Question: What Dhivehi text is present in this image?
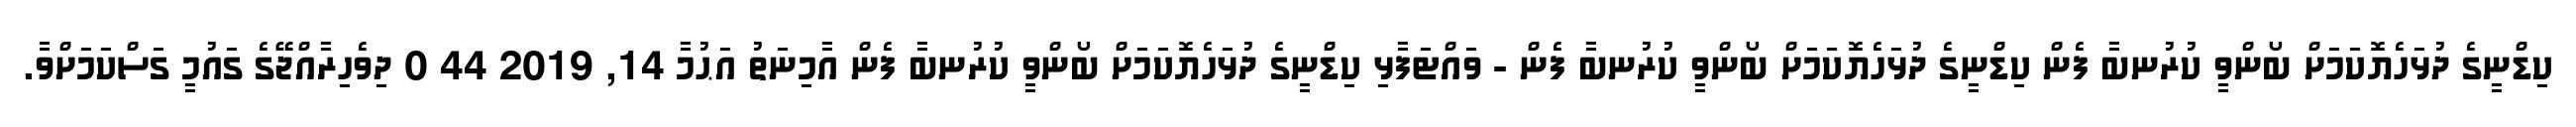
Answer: ކިޑްނީގެ ދުޅަހެޔޮކަމަށް ބޯންވީ ކުރުނބާ ފެން ކިޑްނީގެ ދުޅަހެޔޮކަމަށް ބޯންވީ ކުރުނބާ ފެން - ވައްޓަފާޅި ކިޑްނީގެ ދުޅަހެޔޮކަމަށް ބޯންވީ ކުރުނބާ ފެން އާމިނަތު އަޙުމާ 14, 2019 44 0 ދިވެހިރާއްޖޭގެ ގައުމީ ގަސްކަމަށްވާ.